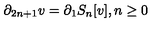
\partial _ { 2 n + 1 } v = \partial _ { 1 } S _ { n } [ v ] , n \geq 0